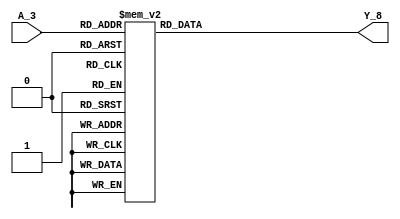
module mux3_8 (A_3,Y_8);


	input [2:0] A_3;
	output reg [7:0] Y_8;


	parameter  S0 = 3'b000;
	parameter  S1 = 3'b001;
	parameter  S2 = 3'b010;
	parameter  S3 = 3'b011;
	parameter  S4 = 3'b100;
	parameter  S5 = 3'b101;
	parameter  S6 = 3'b110;
	parameter  S7 = 3'b111;

	// reg [2:0] cs;

	always @ (*)    //*    *
		begin 
			// Y_8 <= 8'b1111_1111;
			// cs <= A_3;
			case (A_3)
				S0 : Y_8 <= 8'b0111_1111;
				S1 : Y_8 <= 8'b1011_1111;
				S2 : Y_8 <= 8'b1101_1111;
				S3 : Y_8 <= 8'b1110_1111;
				S4 : Y_8 <= 8'b1111_0111;
				S5 : Y_8 <= 8'b1111_1011;
				S6 : Y_8 <= 8'b1111_1101;
				S7 : Y_8 <= 8'b1111_1110;


				// S0 : Y_8[7] <= 0;
				// S1 : Y_8[6] <= 0;
				// S2 : Y_8[5] <= 0;
				// S3 : Y_8[4] <= 0;
				// S4 : Y_8[3] <= 0;
				// S5 : Y_8[2] <= 0;
				// S6 : Y_8[1] <= 0;
				// S7 : Y_8[0] <= 0;
				default : Y_8 <= 8'b1111_1111;
			endcase // A_3
		end

endmodule


// module mux3_8 (A_3,Y_8);


// 	input [2:0] A_3;
// 	output reg [7:0] Y_8;

// 	always     //*
// 		begin 
// 			Y_8 <= 8'b1111_1111;
// 			case (A_3)
// 				000 : Y_8[7] <= 0;
// 				001 : Y_8[6] <= 0;
// 				010 : Y_8[5] <= 0;
// 				011 : Y_8[4] <= 0;
// 				100 : Y_8[3] <= 0;
// 				101 : Y_8[2] <= 0;
// 				110 : Y_8[1] <= 0;
// 				111 : Y_8[0] <= 0;
// 				default : Y_8 <= 8'b1111_1111;
// 			endcase // A_3
// 		end

// endmodule